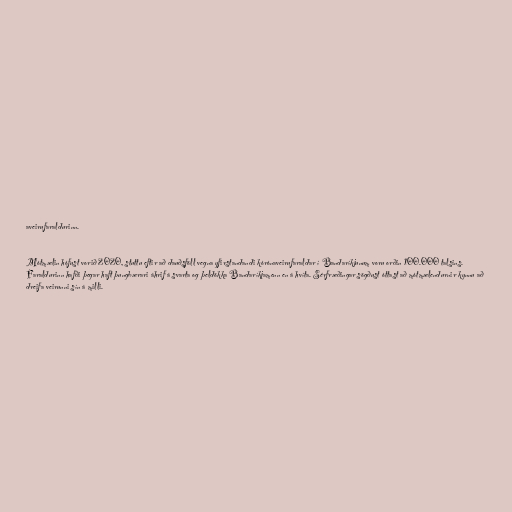
aveirufaraldurinn.

Mótmælin hófust vorið 2020, stuttu eftir að dauðsföll vegna yfirstandandi kórónaveirufaraldar í Bandaríkjunum voru orðin 100.000 talsins.
Faraldurinn hafði þegar haft þungbærari áhrif á svarta og þeldökka Bandaríkjamenn en á hvíta. Sérfræðingar sögðust óttast að mótmælendurnir kynnu að
dreifa veirunni sín á milli.